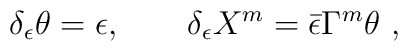
\delta_\epsilon \theta = \epsilon, \qquad \delta_\epsilon X^m = \bar\epsilon\Gamma^m\theta \ ,